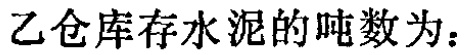
乙仓库存水泥的吨数为：